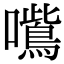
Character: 𭌦